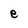
Character: e